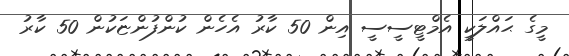
މީގެ ޙައްލަކީ އެމްޓީސީސީ އިން 50 ކާރު އެހެން ކުންފުންޏަކުން 50 ކާރު